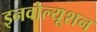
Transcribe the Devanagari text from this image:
इनवोल्यूशन